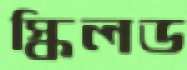
স্কিলড